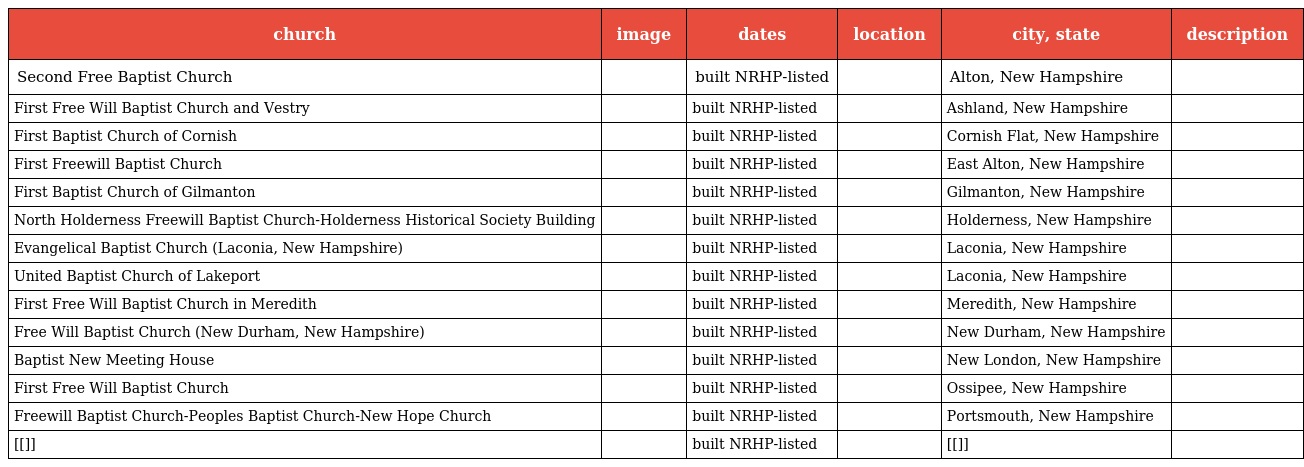
| church | image | dates | location | city, state | description |
 | --- | --- | --- | --- | --- | --- |
 | Second Free Baptist Church |  | built NRHP-listed |  | Alton, New Hampshire |  |
 | First Free Will Baptist Church and Vestry |  | built NRHP-listed |  | Ashland, New Hampshire |  |
 | First Baptist Church of Cornish |  | built NRHP-listed |  | Cornish Flat, New Hampshire |  |
 | First Freewill Baptist Church |  | built NRHP-listed |  | East Alton, New Hampshire |  |
 | First Baptist Church of Gilmanton |  | built NRHP-listed |  | Gilmanton, New Hampshire |  |
 | North Holderness Freewill Baptist Church-Holderness Historical Society Building |  | built NRHP-listed |  | Holderness, New Hampshire |  |
 | Evangelical Baptist Church (Laconia, New Hampshire) |  | built NRHP-listed |  | Laconia, New Hampshire |  |
 | United Baptist Church of Lakeport |  | built NRHP-listed |  | Laconia, New Hampshire |  |
 | First Free Will Baptist Church in Meredith |  | built NRHP-listed |  | Meredith, New Hampshire |  |
 | Free Will Baptist Church (New Durham, New Hampshire) |  | built NRHP-listed |  | New Durham, New Hampshire |  |
 | Baptist New Meeting House |  | built NRHP-listed |  | New London, New Hampshire |  |
 | First Free Will Baptist Church |  | built NRHP-listed |  | Ossipee, New Hampshire |  |
 | Freewill Baptist Church-Peoples Baptist Church-New Hope Church |  | built NRHP-listed |  | Portsmouth, New Hampshire |  |
 | [[]] |  | built NRHP-listed |  | [[]] |  |